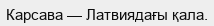
Карсава — Латвиядағы қала.